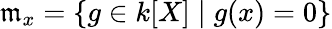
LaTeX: {\mathfrak{m}}_{x}=\{ g\in k[X]\mid g(x)=0\}